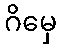
ဂိမှေ